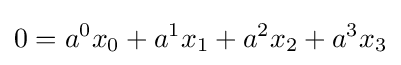
0=a^{0}x_{0}+a^{1}x_{1}+a^{2}x_{2}+a^{3}x_{3}